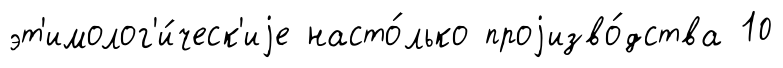
эт'имолог'и́ческ'иjе насто́лько проjизво́дства 10